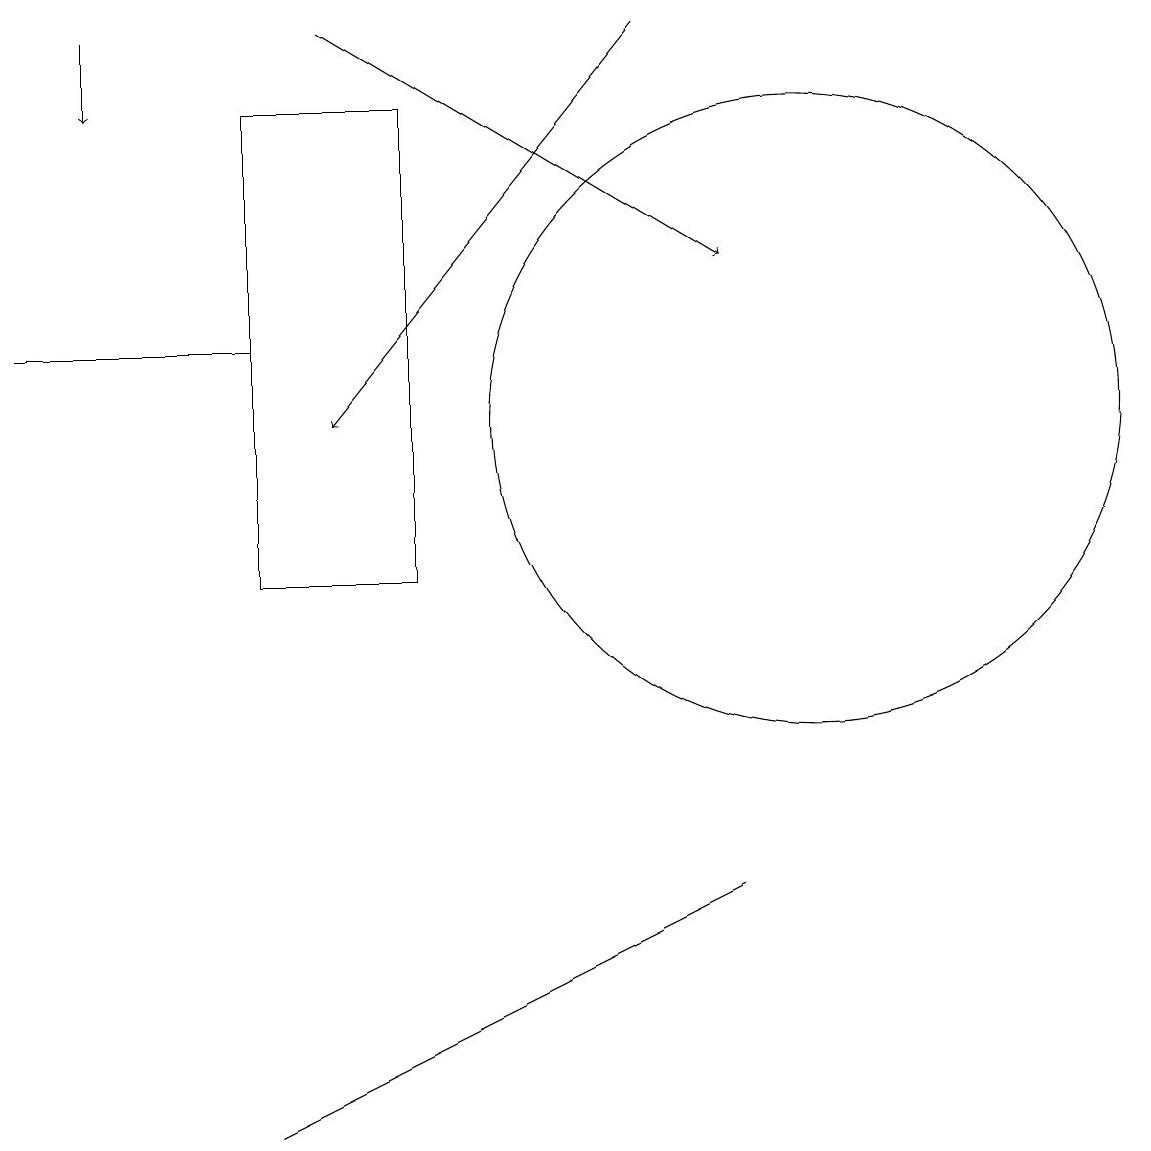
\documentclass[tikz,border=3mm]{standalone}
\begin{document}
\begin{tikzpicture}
\draw (7,5) -- (9,6) -- (3,3) -- cycle;
\draw[->] (1,17) -- (1,16);
\draw[->] (8,17) -- (4,12);
\draw[->] (4,17) -- (9,14);
\draw (3,13) rectangle (0,13);
\draw (10,12) circle (4);
\draw (5,10) rectangle (3,16);
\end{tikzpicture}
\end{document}